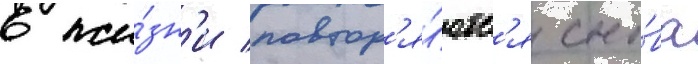
в жи́зн'и повтор'я́ютс'я сно́ва